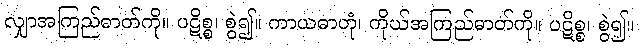
လျှာအကြည်ဓာတ်ကို။ ပဋိစ္စ၊ စွဲ၍။ ကာယဓာတုံ၊ ကိုယ်အကြည်ဓာတ်ကို။ ပဋိစ္စ၊ စွဲ၍။